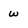
Character: w